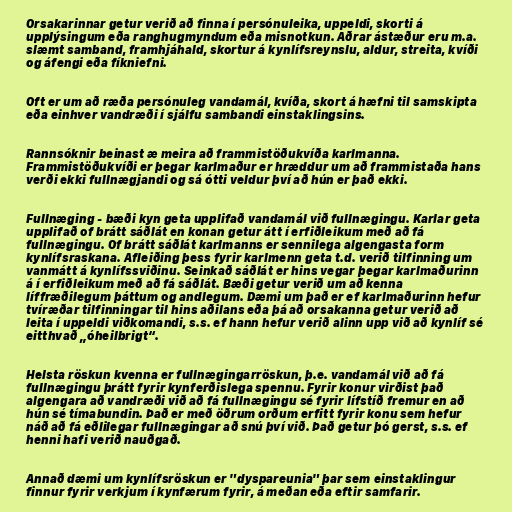
Orsakarinnar getur verið að finna í persónuleika, uppeldi, skorti á
upplýsingum eða ranghugmyndum eða misnotkun. Aðrar ástæður eru m.a.
slæmt samband, framhjáhald, skortur á kynlífsreynslu, aldur, streita, kvíði
og áfengi eða fíkniefni.

Oft er um að ræða persónuleg vandamál, kvíða, skort á hæfni til samskipta
eða einhver vandræði í sjálfu sambandi einstaklingsins.

Rannsóknir beinast æ meira að frammistöðukvíða karlmanna.
Frammistöðukvíði er þegar karlmaður er hræddur um að frammistaða hans
verði ekki fullnægjandi og sá ótti veldur því að hún er það ekki.

Fullnæging - bæði kyn geta upplifað vandamál við fullnægingu. Karlar geta
upplifað of brátt sáðlát en konan getur átt í erfiðleikum með að fá
fullnægingu. Of brátt sáðlát karlmanns er sennilega algengasta form
kynlífsraskana. Afleiðing þess fyrir karlmenn geta t.d. verið tilfinning um
vanmátt á kynlífssviðinu. Seinkað sáðlát er hins vegar þegar karlmaðurinn
á í erfiðleikum með að fá sáðlát. Bæði getur verið um að kenna
líffræðilegum þáttum og andlegum. Dæmi um það er ef karlmaðurinn hefur
tvíræðar tilfinningar til hins aðilans eða þá að orsakanna getur verið að
leita í uppeldi viðkomandi, s.s. ef hann hefur verið alinn upp við að kynlíf sé
eitthvað „óheilbrigt“.

Helsta röskun kvenna er fullnægingarröskun, þ.e. vandamál við að fá
fullnægingu þrátt fyrir kynferðislega spennu. Fyrir konur virðist það
algengara að vandræði við að fá fullnægingu sé fyrir lífstíð fremur en að
hún sé tímabundin. Það er með öðrum orðum erfitt fyrir konu sem hefur
náð að fá eðlilegar fullnægingar að snú því við. Það getur þó gerst, s.s. ef
henni hafi verið nauðgað.

Annað dæmi um kynlífsröskun er "dyspareunia" þar sem einstaklingur
finnur fyrir verkjum í kynfærum fyrir, á meðan eða eftir samfarir.